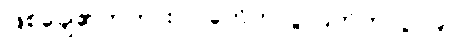
ဖြစ်ချေ၏တကား။ ။ ခုတ်တလွဲ ပြတ်တလွဲ (၉)